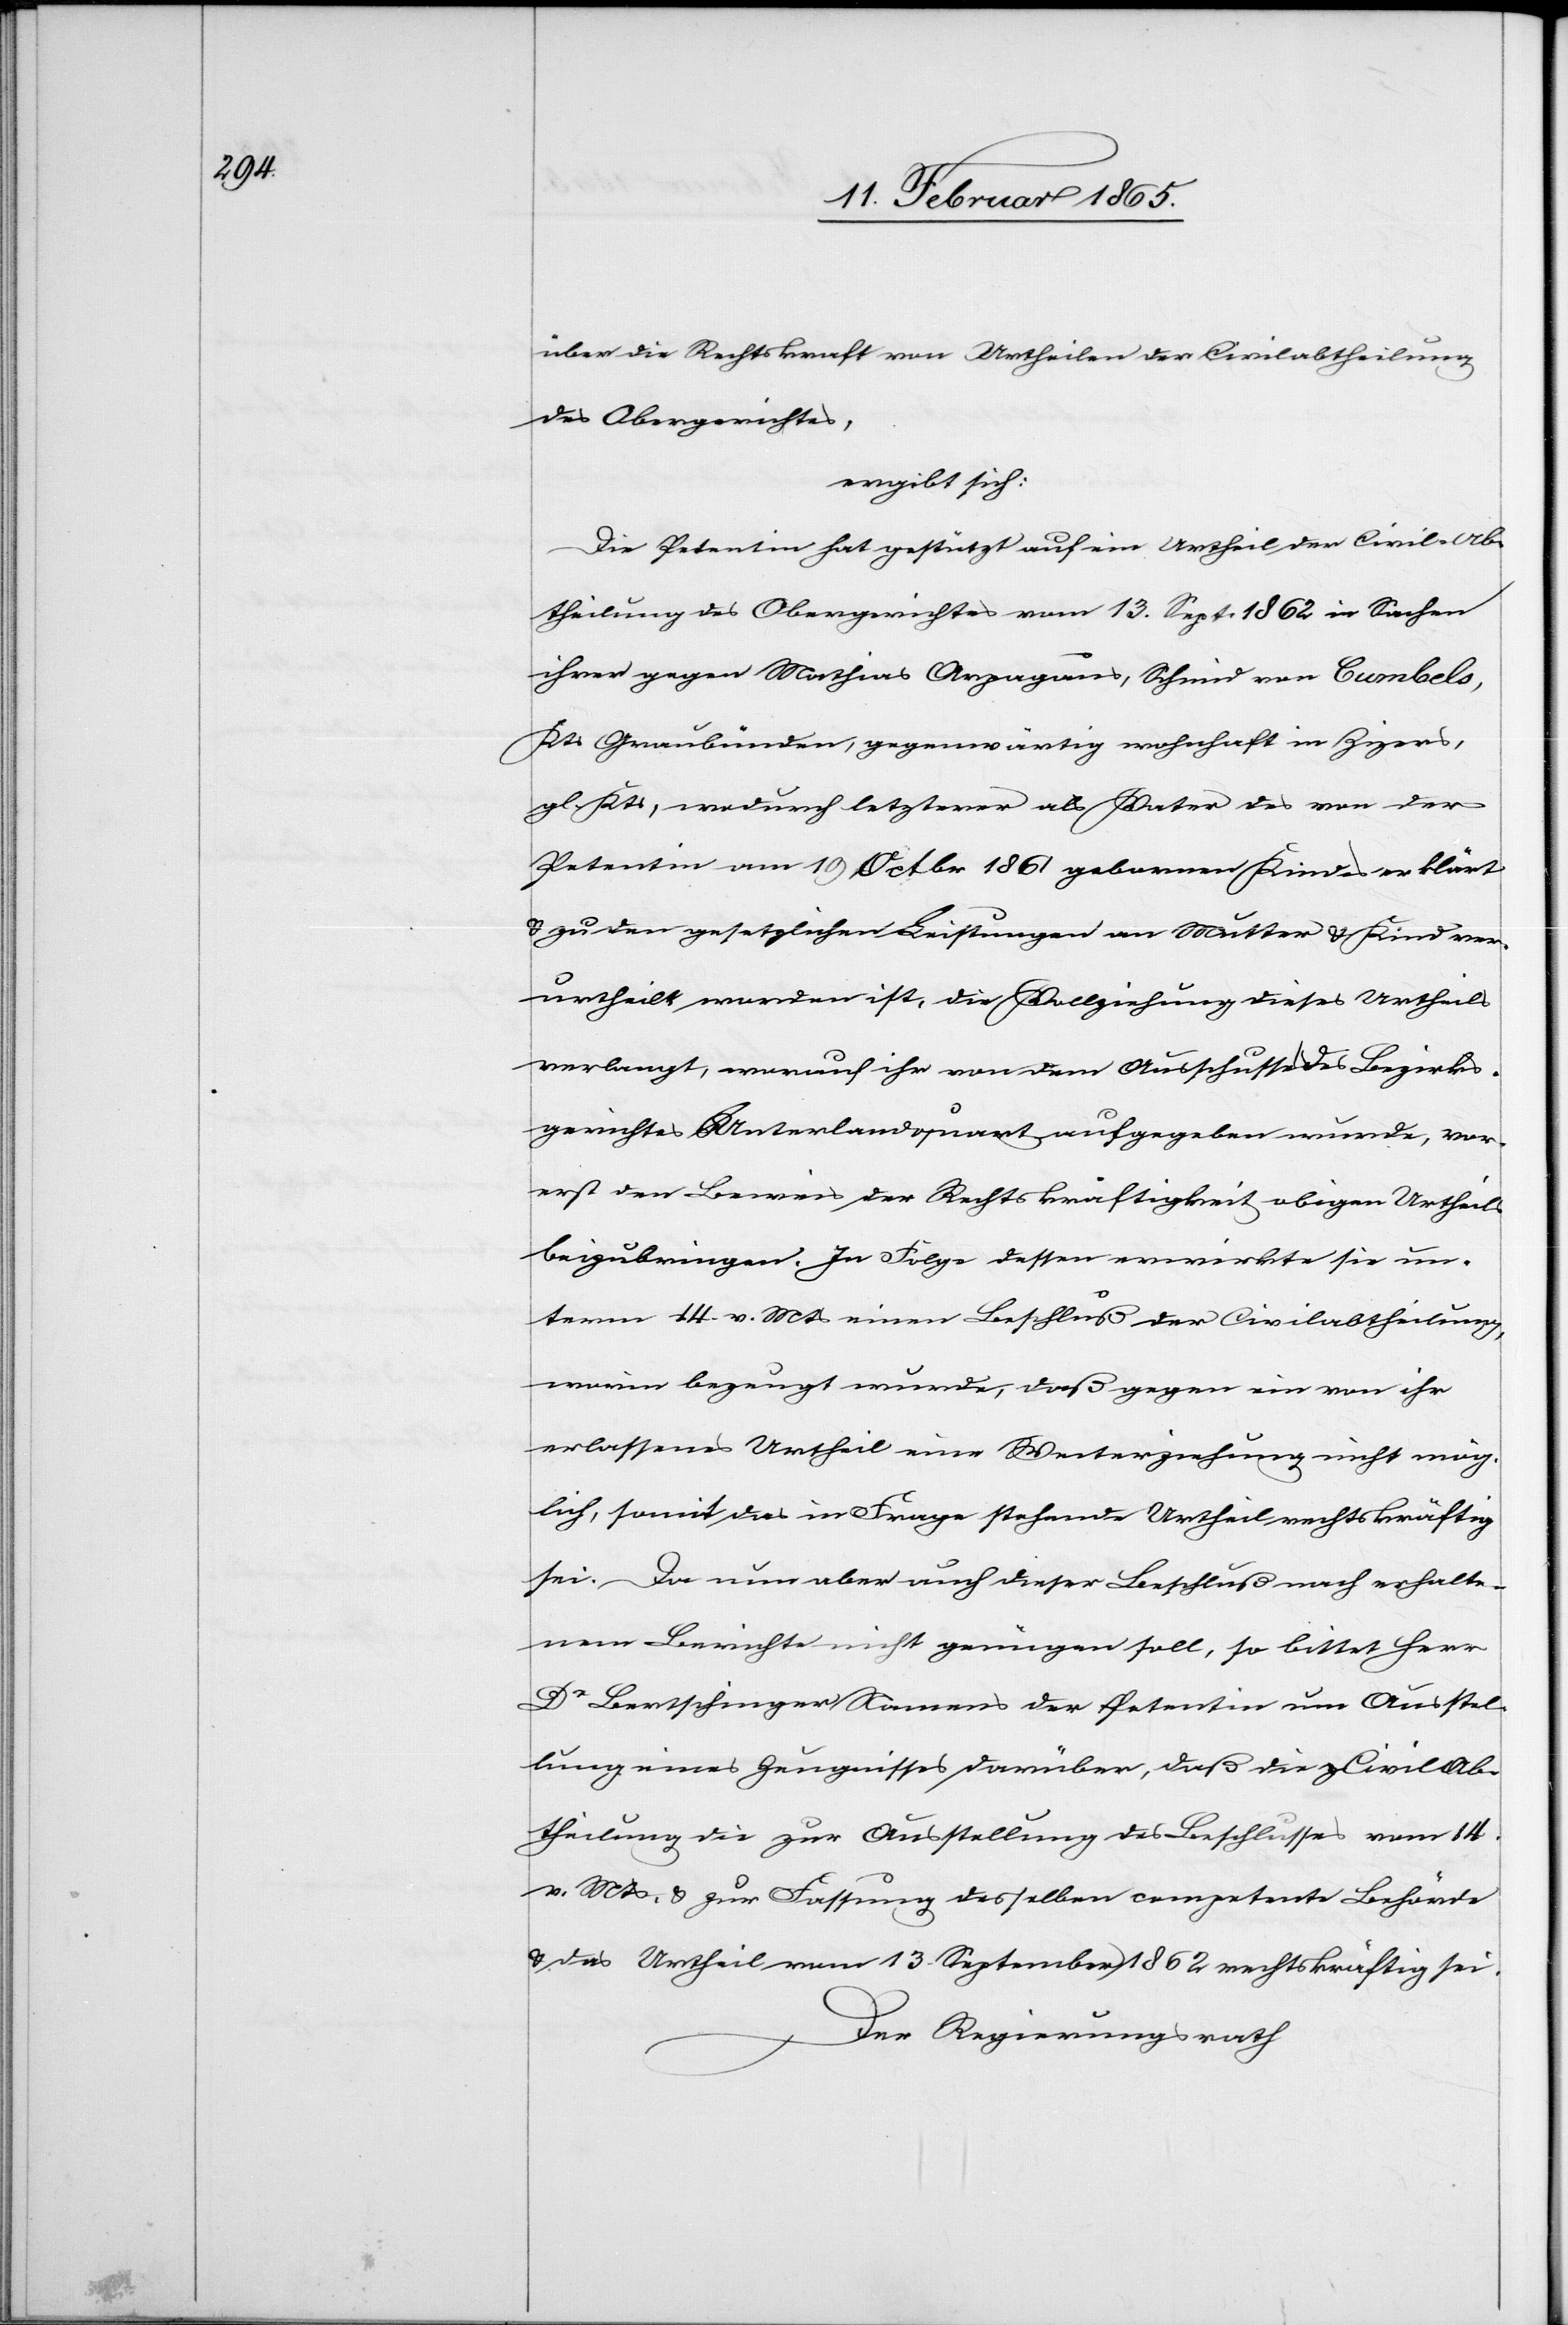
über die Rechtskraft von Urtheilen der Civilabtheilung
des Obergerichtes,
ergibt sich:
Die Petentin hat gestützt auf ein Urtheil der Civil-Ab¬
theilung des Obergerichtes vom 13. Sept. 1862 in Sachen
ihrer gegen Mathias Arpagaus, Schmid von Cumbels,
Kts Graubünden, gegenwärtig wohnhaft in Zizers,
gl. Kts., wodurch letzterer als Vater des von der
Petentin am 19 Octbr 1861 gebornen Kindes erklärt
u. zu den gesetzlichen Leistungen an Mutter u. Kind ver¬
urtheilt worden ist, die Vollziehung dieses Urtheils
verlangt, worauf ihr von dem Ausschusse des Bezirks¬
gerichtes Unterlandquart aufgegeben wurde, vor¬
erst den Beweis der Rechtskräftigkeit obigen Urtheils
beizubringen. In Folge dessen erwirkte sie un¬
term 14. v. Mts einen Beschluß der Civilabtheilung,
worin bezeugt wurde, daß gegen ein von ihr
erlassenes Urtheil eine Weiterziehung nicht mög¬
lich, somit das in Frage stehende Urtheil rechtskräftig
sei. Da nun aber auch dieser Beschluß nach erhalte¬
nem Berichte nicht genügen soll, so bittet Herr
Dr Bertschinger Namens der Petentin um Ausstel¬
lung eines Zeugnisses darüber, daß die Civil-Ab¬
theilung die zur Ausstellung des Beschlusses vom 14.
v. Mts. u. zur Fassung desselben competente Behörde
u. das Urtheil vom 13. September 1862 rechtskräftig sei.
Der Regierungsrath